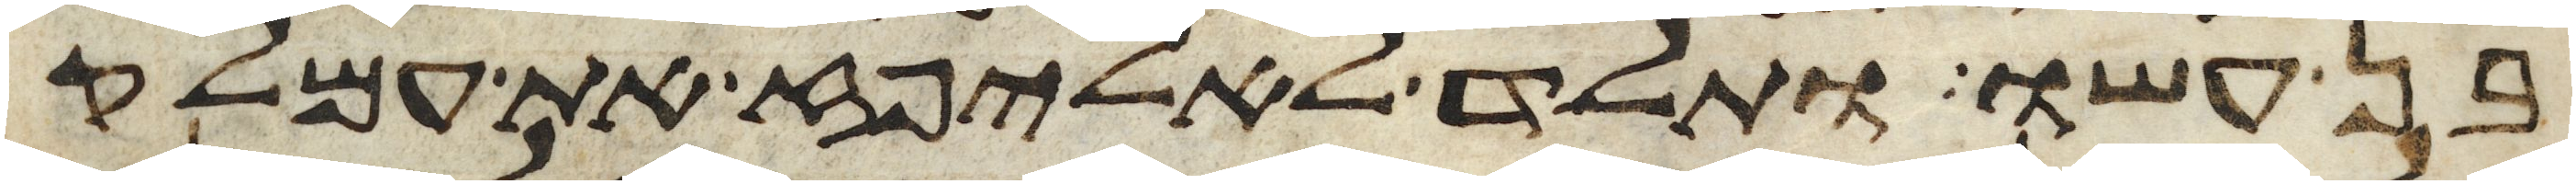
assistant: בן עשו ותלד לאליפז את עמלק